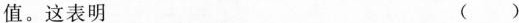
值。这表明 ( )